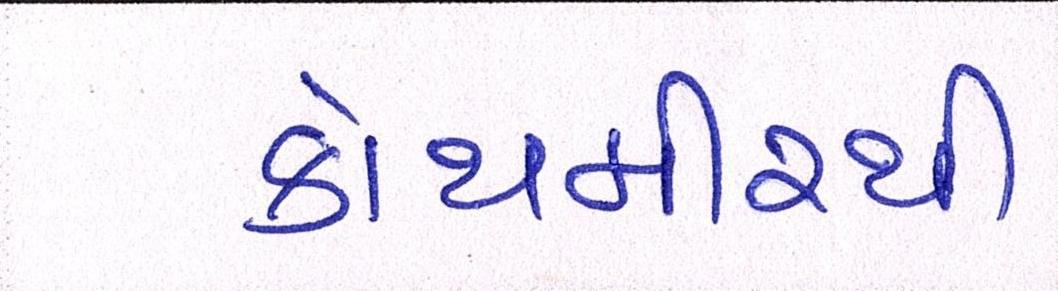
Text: કોથમીરથી